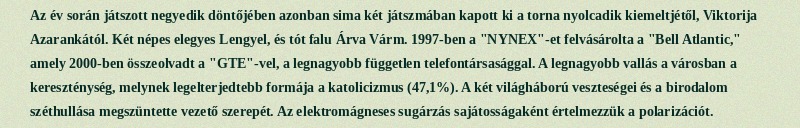
Az év során játszott negyedik döntőjében azonban sima két játszmában kapott ki a torna nyolcadik kiemeltjétől, Viktorija Azarankától. Két népes elegyes Lengyel, és tót falu Árva Várm. 1997-ben a "NYNEX"-et felvásárolta a "Bell Atlantic," amely 2000-ben összeolvadt a "GTE"-vel, a legnagyobb független telefontársasággal. A legnagyobb vallás a városban a kereszténység, melynek legelterjedtebb formája a katolicizmus (47,1%). A két világháború veszteségei és a birodalom széthullása megszüntette vezető szerepét. Az elektromágneses sugárzás sajátosságaként értelmezzük a polarizációt.